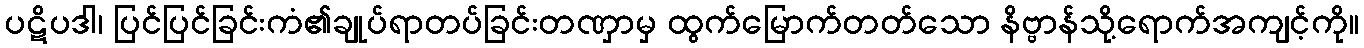
ပဋိပဒါ၊ ပြင်ပြင်ခြင်းကံ၏ချုပ်ရာတပ်ခြင်းတဏှာမှ ထွက်မြောက်တတ်သော နိဗ္ဗာန်သို့ရောက်အကျင့်ကို။